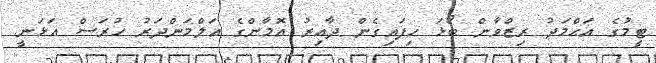
ޓީމުގެ އަޙްމަދު ރިޒްވާން ބޯޅަ ހިފައިގެން ދާއިރު އޮމާންގެ އަލްމަންދަރު ހުރަސް އަޅަނީ.